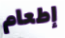
إطعام